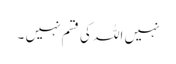
نہیں اللہ کی قسم نہیں ۔